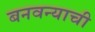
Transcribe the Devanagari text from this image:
बनवन्याची